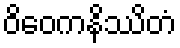
ဝိဝေကနိဿိတံ